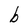
Character: b